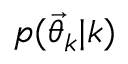
p ( \ensuremath { \vec { \theta } } _ { k } | k )